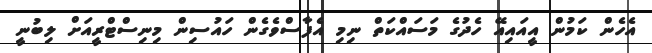
އެހެން ކަމުން އީއައިއޭ ހެދުގެ މަސައްކަތް ނިމި އެފާސްވެގެން ހައުސިން މިނިސްޓްރީއަށް ލިބުނީ